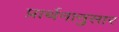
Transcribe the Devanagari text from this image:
प्रार्थनानुसार